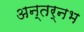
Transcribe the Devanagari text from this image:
अन्तर्नभ